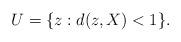
LaTeX: \begin{align*}U = \{ z : d(z,X) < 1 \}.\end{align*}